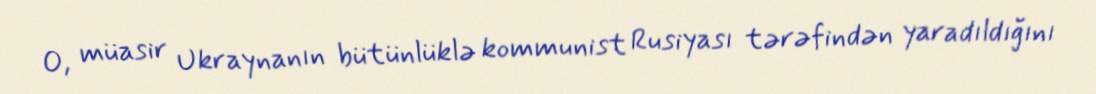
O, müasir Ukraynanın bütünlüklə kommunist Rusiyası tərəfindən yaradıldığını